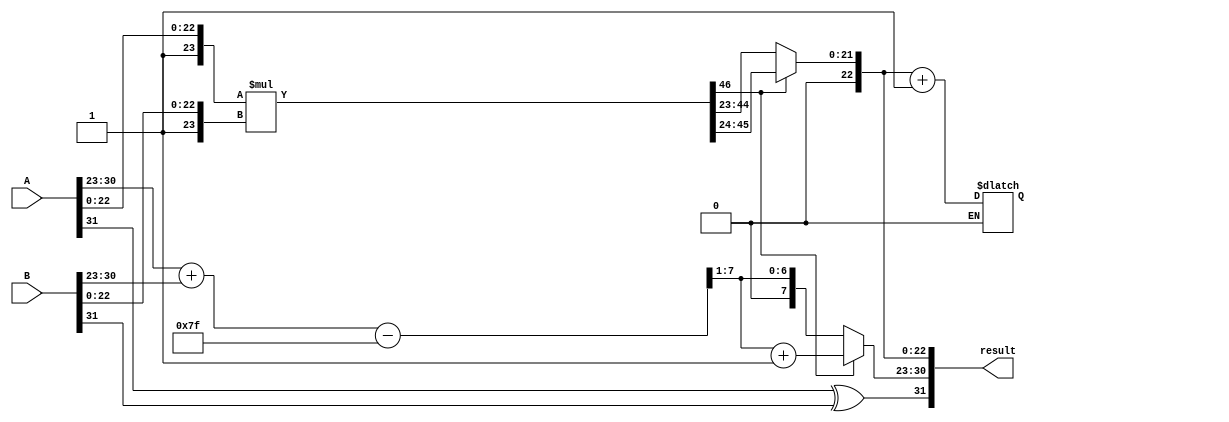
module floating_point_multiplier #(
    parameter E = 8, // Number of exponent bits
    parameter M = 23, // Number of mantissa bits
    parameter BIAS = (1 << (E - 1)) - 1 // Bias for exponent
)(
    input wire [E + M:0] A, // A = {S_A, E_A, F_A}
    input wire [E + M:0] B, // B = {S_B, E_B, F_B}
    output reg [E + M:0] result // result = {S_result, E_result, M_result}
);

    wire S_A = A[E + M]; // Sign bit of A
    wire S_B = B[E + M]; // Sign bit of B
    wire [E-1:0] E_A = A[E + M - 1:E + M - E]; // Exponent of A
    wire [E-1:0] E_B = B[E + M - 1:E + M - E]; // Exponent of B
    wire [M-1:0] F_A = A[M-1:0]; // Mantissa of A
    wire [M-1:0] F_B = B[M-1:0]; // Mantissa of B

    // Sign calculation
    wire S_result = S_A ^ S_B;

    // Exponent calculation
    wire [E:0] E_result_raw = {1'b0, E_A} + {1'b0, E_B} - BIAS; // Raw exponent
    wire [E-1:0] E_result = E_result_raw[E-1:1]; // Adjusted exponent

    // Mantissa calculation
    wire [M+M:0] M_A = {1'b1, F_A}; // 1.F_A
    wire [M+M:0] M_B = {1'b1, F_B}; // 1.F_B
    wire [M+M:0] P = M_A * M_B; // Product of mantissas

    // Normalization
    reg [M-1:0] M_result;
    reg [E:0] E_final;
    always @(*) begin
        if (P[M + M] == 1'b1) begin
            // Shift right if the product is greater than 1
            M_result = P[M + M - 1:M + 1]; // Right shift
            E_final = E_result + 1; // Increment exponent
        end else begin
            // No shift needed
            M_result = P[M + M - 2:M]; // Keep the mantissa
            E_final = E_result; // Keep the exponent
        end
    end

    // Rounding (simple round-to-nearest)
    always @(*) begin
        if (M_result[M-1] == 1'b1) begin
            M_result = M_result + 1; // Round up if the last bit is 1
        end
    end

    // Output assignment
    always @(*) begin
        result = {S_result, E_final[E-1:0], M_result[M-1:0]};
    end

endmodule